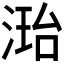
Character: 𪶝